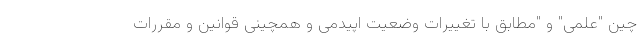
چین "علمی" و "مطابق با تغییرات وضعیت اپیدمی و همچینی قوانین و مقررات